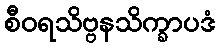
စီဝရသိဗ္ဗနသိက္ခာပဒံ